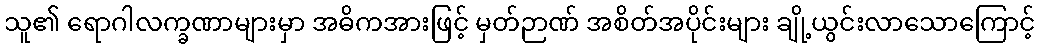
သူ၏ ရောဂါလက္ခဏာများမှာ အဓိကအားဖြင့် မှတ်ဉာဏ် အစိတ်အပိုင်းများ ချို့ယွင်းလာသောကြောင့်